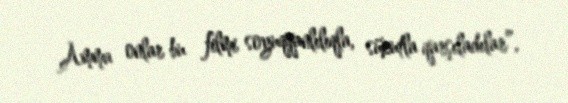
Amma onlar bu filmi soyuqqanlılıqla, sükutla qarşıladılar”.